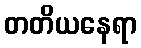
တတိယနေရာ